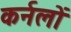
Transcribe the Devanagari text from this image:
कर्नलों